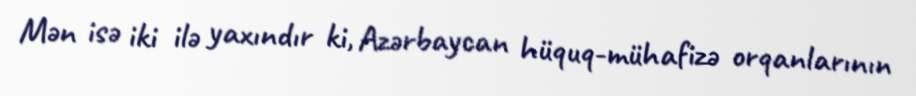
Mən isə iki ilə yaxındır ki, Azərbaycan hüquq-mühafizə orqanlarının